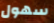
سهول